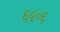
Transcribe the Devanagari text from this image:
६५०६